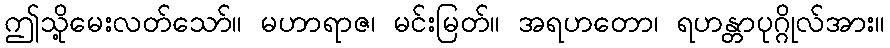
ဤသို့မေးလတ်သော်။ မဟာရာဇ၊ မင်းမြတ်။ အရဟတော၊ ရဟန္တာပုဂ္ဂိုလ်အား။